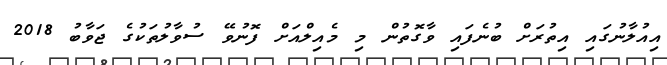
އިއުލާނުގައި އިތުރަށް ބުނެފައި ވާގޮތުން މި މެއިލްއަށް ފޮނުވޭ ސުވާލުތަކުގެ ޖަވާބު 2018